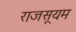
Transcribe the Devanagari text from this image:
राजसूयम